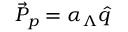
\vec { \cal P } _ { p } = \alpha _ { \Lambda } \hat { q }